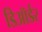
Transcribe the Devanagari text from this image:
डिऑर्डर